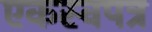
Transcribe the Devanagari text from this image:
एकस्वपत्र